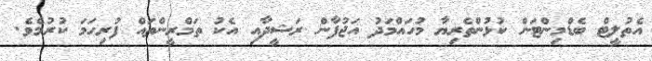
އެތުލީޓް ބެޑްމިންޓަން ކުޅުންތެރިޔާ މުހައްމަދު އަޖުފާން ރަޝީދާއި އެކު ތަމްރީންތައް ފުރިހަމަ ކުރުމެވެ.